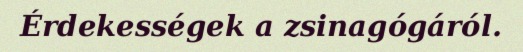
Érdekességek a zsinagógáról.